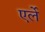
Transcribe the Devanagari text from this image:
एर्ले